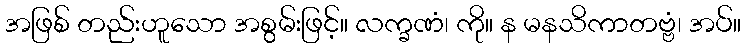
အဖြစ် တည်းဟူသော အစွမ်းဖြင့်။ လက္ခဏံ၊ ကို။ န မနသိကာတဗ္ဗံ၊ အပ်။